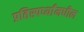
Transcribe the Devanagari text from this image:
प्रतिस्पर्ध्यांमधील